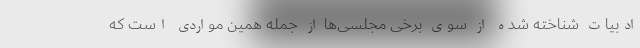
ادبیات شناخته شده از سوی برخی مجلسی‌ها از جمله همین مواردی است که